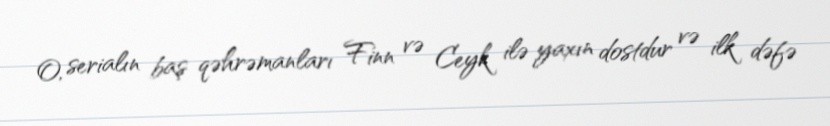
O, serialın baş qəhrəmanları Finn və Ceyk ilə yaxın dostdur və ilk dəfə